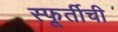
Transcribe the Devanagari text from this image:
स्फूर्तीची